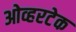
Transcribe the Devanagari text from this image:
ओव्हरटेक